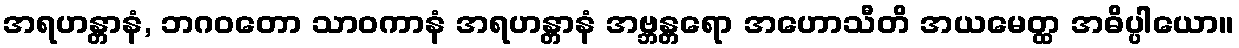
အရဟန္တာနံ, ဘဂဝတော သာဝကာနံ အရဟန္တာနံ အဗ္ဘန္တရော အဟောသီတိ အယမေတ္ထ အဓိပ္ပါယော။